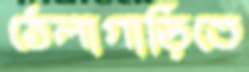
ঠেলাগাড়িতে